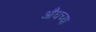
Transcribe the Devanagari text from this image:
औंधच्या